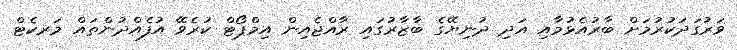
ވަރުގަދަކުރުމަށް ބާރުއެޅުމާއި އަދި ދުނިޔޭގެ ބާޒާރުގައި ރާއްޖެއިން އިމްޕޯޓް ކުރެވޭ އުފެއްދުންތައް މަރކެޓް